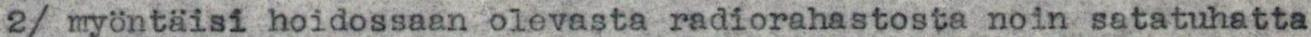
2/ myöntaisi hoidossaan olevasta radiorahastosta noin satatuhatta